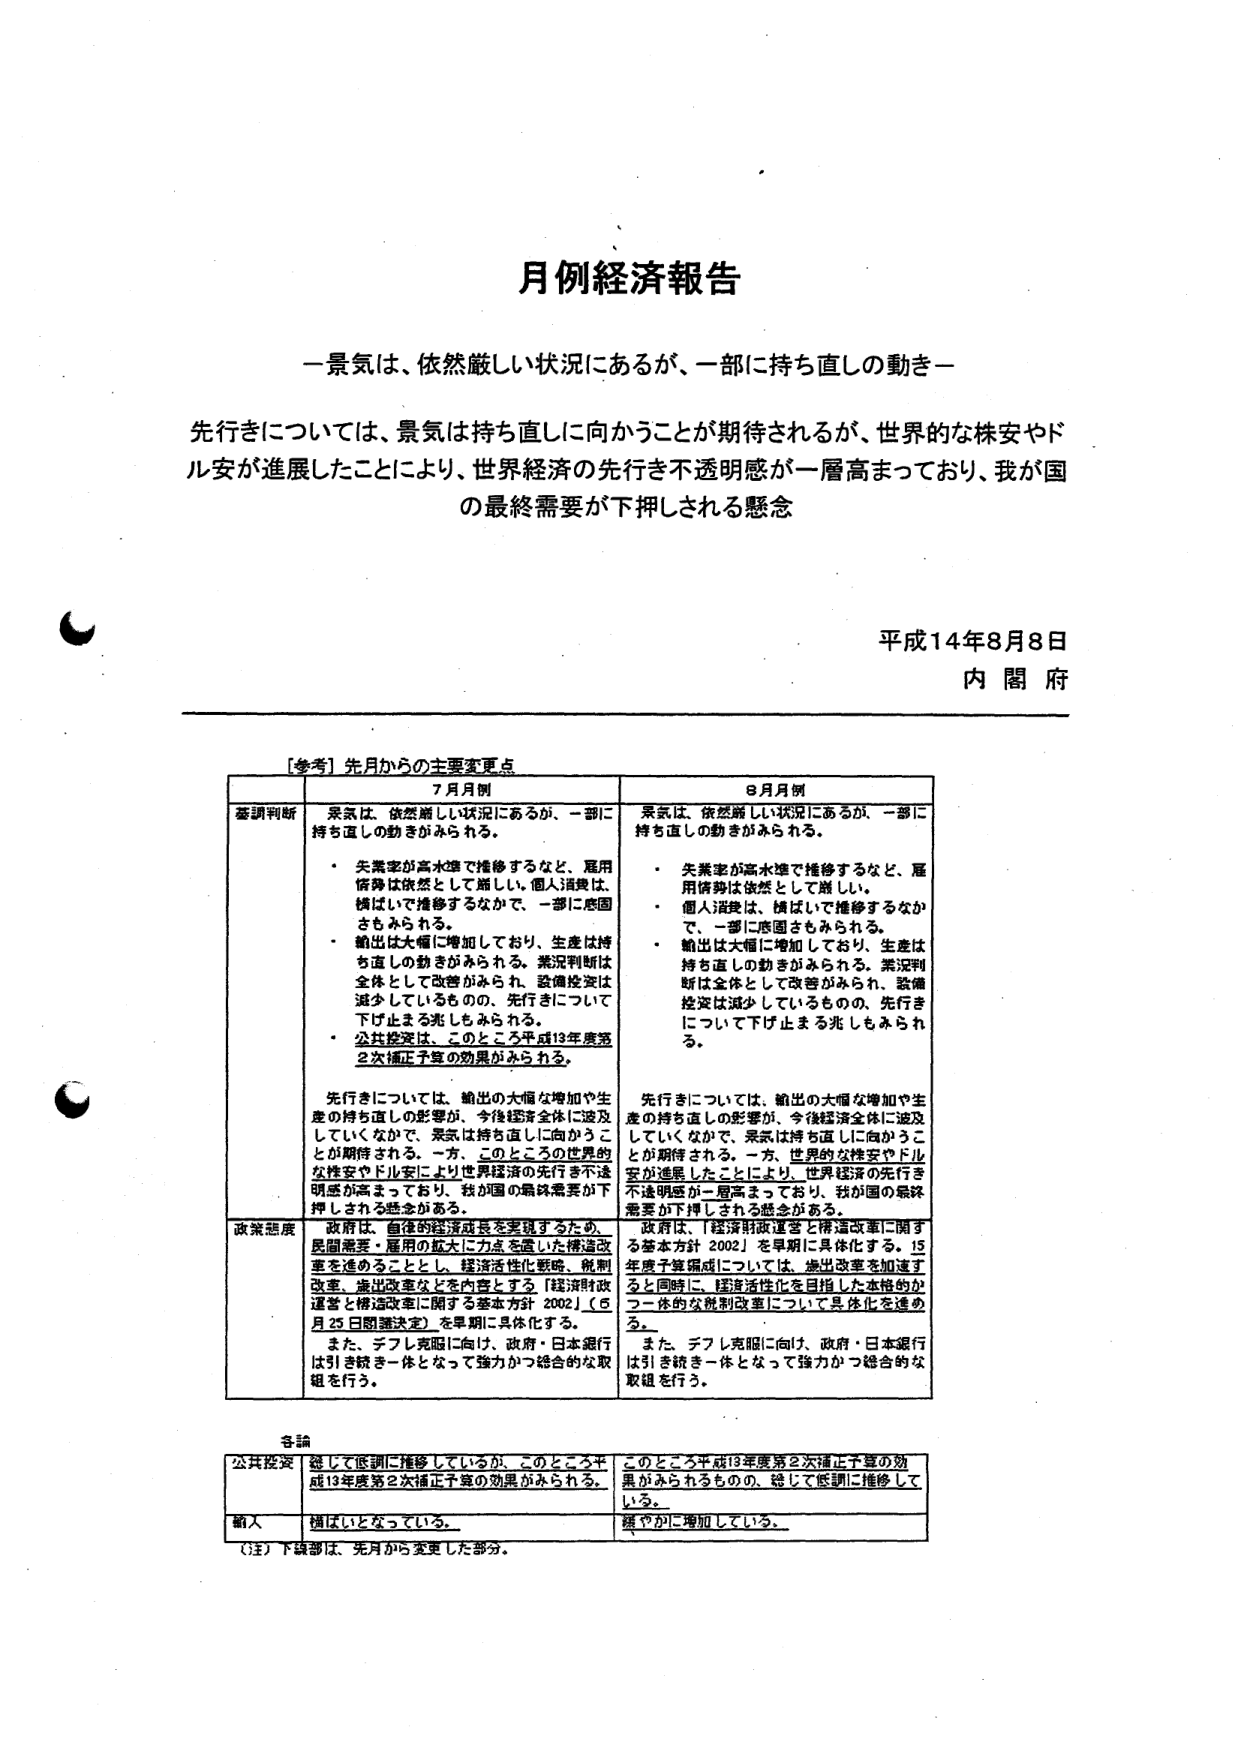
月例経済報告

－景気は、依然厳しい状況にあるが、一部に持ち直しの動き－

先行きについては、景気は持ち直しに向かうことが期待されるが、世界的な株安やドル安が進展したことにより、世界経済の先行き不透明感が一層高まっており、我が国の最終需要が下押しされる懸念

平成14年8月8日
内閣府

【参考】先月からの主要変更点

| | 7月例 | 8月例 |
|---|---|---|
| 基調判断 | 景気は、依然厳しい状況にあるが、一部に持ち直しの動きがみられる。 | 景気は、依然厳しい状況にあるが、一部に持ち直しの動きがみられる。 |
| | ・失業率が高水準で推移するなど、雇用情勢は依然として厳しい。個人消費は、横ばいで推移するなかで、一部に底固さもみられる。<br>・輸出は大幅に増加しており、生産は持ち直しの動きがみられる。業況判断は全体として改善がみられ、設備投資は減少しているものの、先行きについて下げ止まる兆しもみられる。<br>・公共投資は、このところ平成13年度第2次補正予算の効果がみられる。 | ・失業率が高水準で推移するなど、雇用情勢は依然として厳しい。<br>・個人消費は、横ばいで推移するなかで、一部に底固さもみられる。<br>・輸出は大幅に増加しており、生産は持ち直しの動きがみられる。業況判断は全体として改善がみられ、設備投資は減少しているものの、先行きについて下げ止まる兆しもみられる。 |
| | 先行きについては、輸出の大幅な増加や生産の持ち直しの影響が、今後経済全体に波及していくなかで、景気は持ち直しに向かうことが期待される。一方、このところの世界的な株安やドル安により世界経済の先行き不透明感が高まっており、我が国の最終需要が下押しされる懸念がある。 | 先行きについては、輸出の大幅な増加や生産の持ち直しの影響が、今後経済全体に波及していくなかで、景気は持ち直しに向かうことが期待される。一方、世界的な株安やドル安が進展したことにより、世界経済の先行き不透明感が一層高まっており、我が国の最終需要が下押しされる懸念がある。 |
| 政策態度 | 政府は、自律的経済成長を実現するため、民間需要・雇用の拡大に力を注いだ構造改革を進めることとし、経済活性化戦略、税制改革、歳出改革などを内容とする「経済財政運営と構造改革に関する基本方針 2002」（5月25日閣議決定）を早期に具体化する。<br>また、デフレ克服に向け、政府・日本銀行は引き続き一体となって強力かつ総合的な取組を行う。 | 政府は、「経済財政運営と構造改革に関する基本方針 2002」を早期に具体化する。15年度予算編成については、歳出改革を加速すると同時に、経済活性化を目指した本格的な一体的な税制改革について具体化を進める。<br>また、デフレ克服に向け、政府・日本銀行は引き続き一体となって強力かつ総合的な取組を行う。 |

各論

| | | |
|---|---|---|
| 公共投資 | 総じて低調に推移しているが、このところ平成13年度第2次補正予算の効果がみられる。 | このところ平成13年度第2次補正予算の効果がみられるものの、総じて低調に推移している。 |
| 個人 | 横ばいとなっている。 | 緩やかに増加している。 |

（注）下線部は、先月から変更した部分。